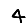
Digit: 4